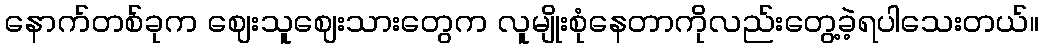
နောက်တစ်ခုက ဈေးသူဈေးသားတွေက လူမျိုးစုံနေတာကိုလည်းတွေ့ခဲ့ရပါသေးတယ်။